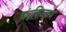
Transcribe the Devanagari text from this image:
चंदविज्झय